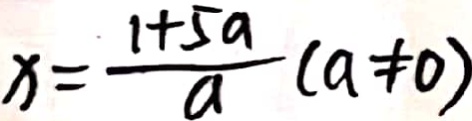
x = \frac { 1 + 5 a } { a } ( a \neq 0 )